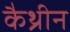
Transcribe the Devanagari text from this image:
कैथ्रीन